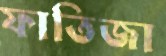
ফাতিজা